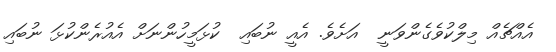
އެއްޗެއް މިލްކުވެގެންވަނީ  އަށެވެ. އެއީ ނުބައި  ކުޅަމީހުންނަށް އެއުރެންކުޅަ ނުބައި